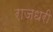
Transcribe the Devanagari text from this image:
राजधरी